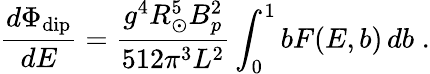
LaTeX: {\frac{d\Phi_{\mathrm{dip}}}{dE}}={\frac{g^{4}R_{\odot}^{5}B_{p}^{2}}{512\pi^{3}L^{2}}}\int_{0}^{1}bF(E,b)\, db\; .